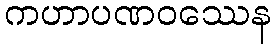
ကဟာပဏဝဿေန